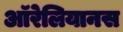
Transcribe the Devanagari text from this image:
ऑरेलियानस